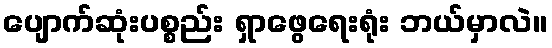
ပျောက်ဆုံးပစ္စည်း ရှာဖွေရေးရုံး ဘယ်မှာလဲ။